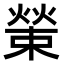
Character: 𤎊